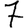
Digit: 7